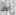
عن